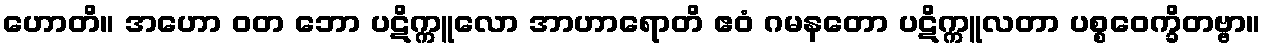
ဟောတိ။ အဟော ဝတ ဘော ပဋိက္ကူလော အာဟာရောတိ ဧဝံ ဂမနတော ပဋိက္ကူလတာ ပစ္စဝေက္ခိတဗ္ဗာ။